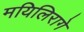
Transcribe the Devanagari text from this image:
मयिलिरागे